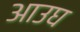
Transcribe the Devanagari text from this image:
आउघ